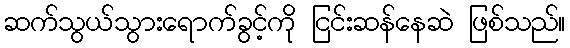
ဆက်သွယ်သွားရောက်ခွင့်ကို ငြင်းဆန်နေဆဲ ဖြစ်သည်။